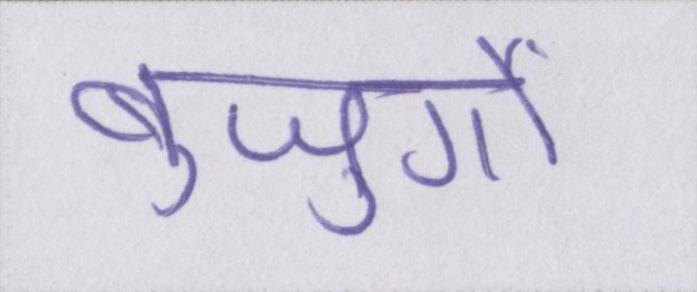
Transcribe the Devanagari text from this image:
बुजुर्गों